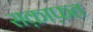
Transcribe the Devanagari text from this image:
सक़ाफ़त